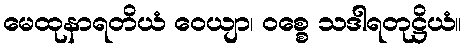
မေထုနာရတိယံ ဝေယျာ၊ ဝစ္စေ သဒါရတုဋ္ဌိယံ။